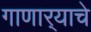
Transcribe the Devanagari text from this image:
गाणार्‍याचे